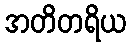
အတိတရိယ